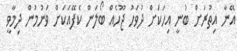
އޭނާ އިތުރަށް ބުނީ އިހަކަށް ދުވަހު ޖޫހެއް ބޯލަން ކެފޭއަކަށް ވަނުމުން ދިމާވީ